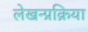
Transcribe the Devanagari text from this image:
लेखन्प्रक्रिया